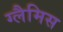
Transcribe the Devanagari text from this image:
ग्लैमिस